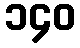
၁၄၀